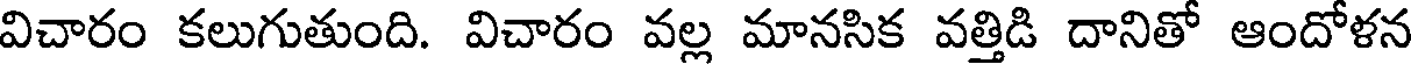
విచారం కలుగుతుంది. విచారం వల్ల మానసిక వత్తిడి దానితో ఆందోళన